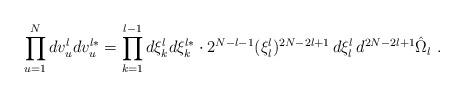
LaTeX: \begin{align*}\prod_{u=1}^N dv_u^ldv_u^{l*}=\prod_{k=1}^{l-1}d\xi_k^ld\xi_k^{l*}\cdot2^{N-l-1}(\xi_l^l)^{2N-2l+1}\,d\xi_l^l\,d^{2N-2l+1}\hat\Omega_l\ .\end{align*}